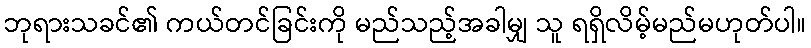
ဘုရားသခင်၏ ကယ်တင်ခြင်းကို မည်သည့်အခါမျှ သူ ရရှိလိမ့်မည်မဟုတ်ပါ။